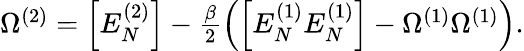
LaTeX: \begin{array}{r}{\Omega^{(2)}=\left[E_{N}^{(2)}\right]-\frac{\beta}{2}\left(\left[{E_{N}^{(1)}E_{N}^{(1)}}\right]-\Omega^{(1)}\Omega^{(1)}\right).}\end{array}